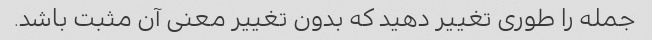
جمله را طوری تغییر دهید که بدون تغییر معنی آن مثبت باشد.